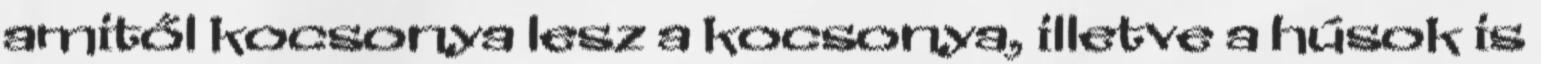
amitől kocsonya lesz a kocsonya, illetve a húsok is